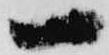
一